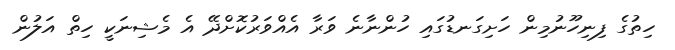
ހިތުގެ ފިނިހޫނުމިން ހަށިގަނޑުގައި ހުންނާނެ ވަރާ އެއްވަރުކޮށްދޭ އެ މެޝިނަކީ ހިތް އަލުން